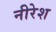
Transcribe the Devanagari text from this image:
नीरेश